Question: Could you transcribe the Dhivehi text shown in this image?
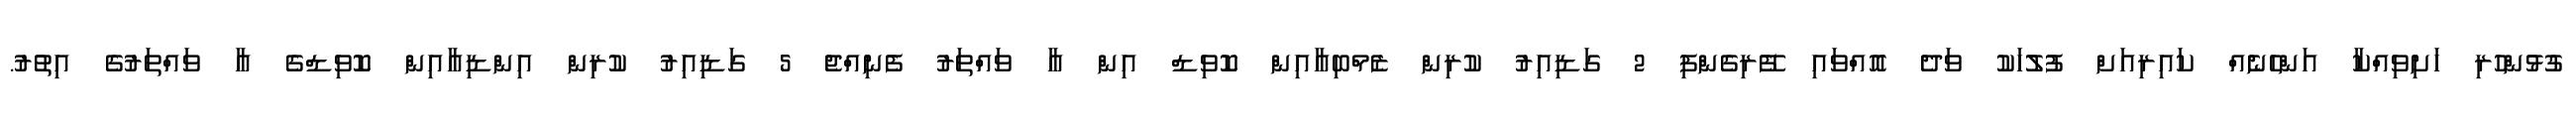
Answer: ގުޅުންހުރި ހަށިވިއްކާ އަންހެނެއް ކައިރިއަށް ފުލުހަކު ވަދެ އޮއްވައި ފޭރިގެންފި 2 ގަޑިއިރު ކުރިން ޒެމްބިއާއިން ކޮވިޑް އިން އާ ވައްތަރު ފެނިއްޖެ 5 ގަޑިއިރު ކުރިން އިންޑިއާއިން ކޮވިޑްގެ އާ ވައްތަރުގެ އިތުރު.